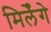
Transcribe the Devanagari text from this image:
मिलेँगे